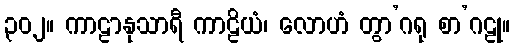
၃၀၂။ ကာဠာနုသာရီ ကာဠိယံ၊ လောဟံ တွာ’ဂရု စာ’ဂဠု။